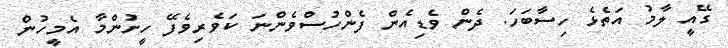
ގޭއީ ލާމު އަތެޅެ ހިސާބަހަ. ދެން ވެޑިއެން ފެންހުސްވެންނަ ކަވެރިވެފޭ ހީށުންމާ އެމީހުން